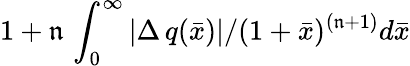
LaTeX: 1+\mathfrak{n}\, \int_{0}^{\infty}|\Delta\, q(\bar{{x}})|/(1+\bar{{x}})^{(\mathfrak{n}+1)}d\bar{{x}}